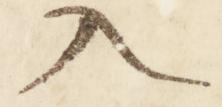
入